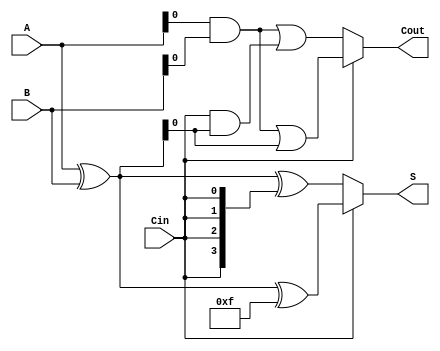
module conditional_sum_adder (
    input [3:0] A,      // 4-bit input A
    input [3:0] B,      // 4-bit input B
    input Cin,          // Carry-in
    output [3:0] S,     // 4-bit sum output
    output Cout         // Carry-out
);

    wire [3:0] S0;      // Sum when Cin = 0
    wire [3:0] S1;      // Sum when Cin = 1
    wire C0;            // Carry-out when Cin = 0
    wire C1;            // Carry-out when Cin = 1

    // Partial sum calculation
    assign S0 = A ^ B ^ {4{Cin}}; // S0 = A XOR B XOR Cin
    assign S1 = A ^ B ^ 4'b1111;   // S1 = A XOR B XOR 1 (all bits set to 1)

    // Carry generation
    assign C0 = (A & B) | (Cin & (A ^ B)); // C0 = (A AND B) OR (Cin AND (A XOR B))
    assign C1 = (A & B) | (1'b1 & (A ^ B)); // C1 = (A AND B) OR (1 AND (A XOR B))

    // Carry select logic
    assign S = Cin ? S1 : S0; // Select sum based on Cin
    assign Cout = Cin ? C1 : C0; // Select carry based on Cin

endmodule